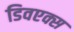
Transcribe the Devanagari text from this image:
डिवएक्स